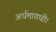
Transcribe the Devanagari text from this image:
अर्धमागधी।